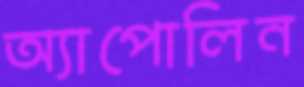
অ্যাপোলিন